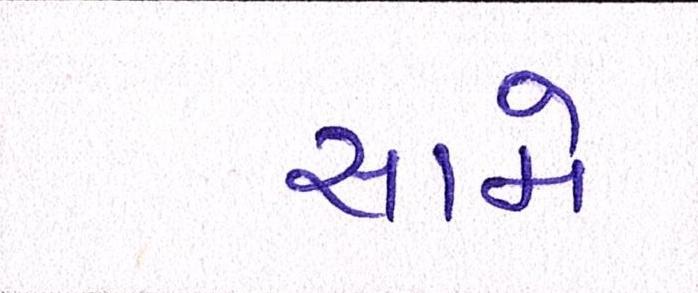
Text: સામે